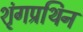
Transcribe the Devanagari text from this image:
शृंगप्रथिन